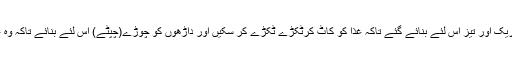
آگے کے دانت باریک اور تیز اِس لئے بنائے گئے تاکہ غذا کو کاٹ کرٹکڑے ٹکڑے کر سکیں اور داڑھوں کو چوڑے(چَپٹے) اِس لئے بنائے تاکہ وہ غذا کو پیس سکیں۔